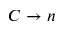
C \rightarrow n